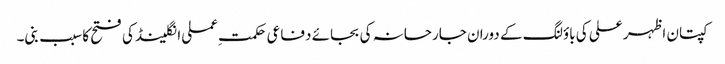
کپتان اظہر علی کی باؤلنگ کے دوران جارحانہ کی بجائے دفاعی حکمت ِعملی انگلینڈ کی فتح کا سبب بنی۔